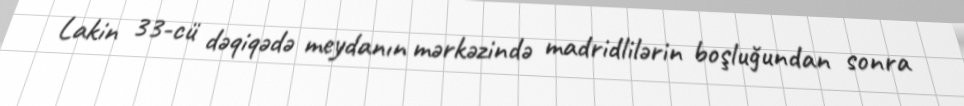
Lakin 33-cü dəqiqədə meydanın mərkəzində madridlilərin boşluğundan sonra